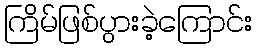
ကြိမ်ဖြစ်ပွားခဲ့ကြောင်း